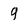
Character: 9